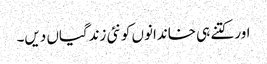
اور کتنے ہی خاندانوں کو نئی زندگیاں دیں۔